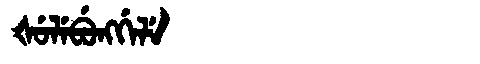
Manchu: ᡧᡠᠯᡝᠪᡠᠩᡤᡝᠯᡝ
Romanization: ŠULEBUNGGELE